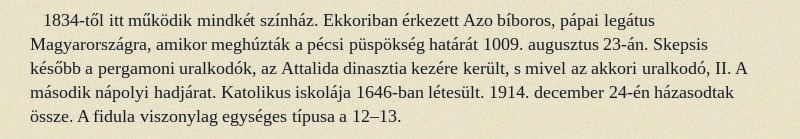
1834-től itt működik mindkét színház. Ekkoriban érkezett Azo bíboros, pápai legátus Magyarországra, amikor meghúzták a pécsi püspökség határát 1009. augusztus 23-án. Skepsis később a pergamoni uralkodók, az Attalida dinasztia kezére került, s mivel az akkori uralkodó, II. A második nápolyi hadjárat. Katolikus iskolája 1646-ban létesült. 1914. december 24-én házasodtak össze. A fidula viszonylag egységes típusa a 12–13.